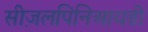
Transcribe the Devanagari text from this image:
सीज़लपिनिआयडी